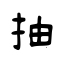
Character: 抽